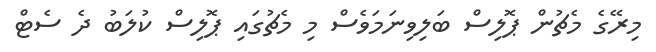
މިރޭގެ މެޗުން ޕޮލިސް ބަލިވިނަމަވެސް މި މެޗުގައި ޕޮލިސް ކުލަބު ދެ ސެޓް